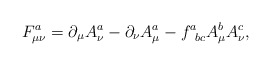
\begin{align*}F_{\mu \nu }^a=\partial _\mu A_\nu ^a-\partial _\nu A_\mu^a-f_{\;\;bc}^aA_\mu ^bA_\nu ^c,\end{align*}